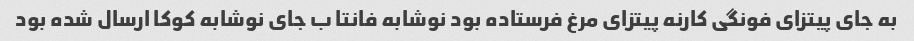
به جای پیتزای فونگی کارنه پیتزای مرغ فرستاده بود نوشابه فانتا ب جای نوشابه کوکا ارسال شده بود